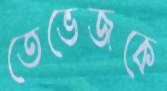
তেভেজকে